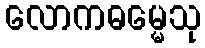
လောကဓမ္မေသု